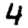
Digit: 4